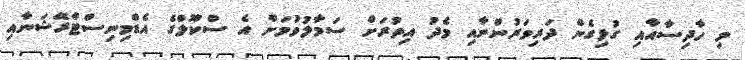
މި ހާދިސާއާއި ގުޅިގެން ދަރިވަރުންނާއި މެދު އިތުރަށް ސަމާލުވުމަށް އެ ސްކޫލްގެ އެޑްމިނިސްޓްރޭޝަނާއި